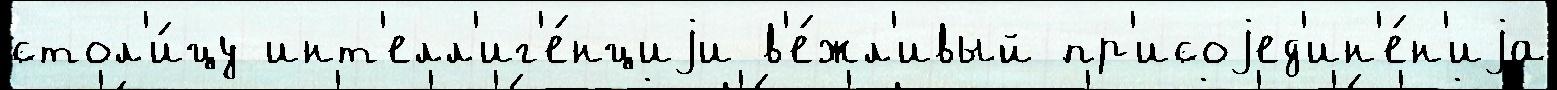
стол'и́цу инт'елл'иг'е́нциjи в'е́жл'ивый пр'исоjед'ин'е́н'иjа